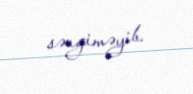
səngiməyib.